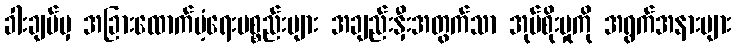
ခါးချပ်မှ အခြားထောက်ပံ့ရေးပစ္စည်းများ အချည်းနှီးအတွက်သာ အုပ်စိုးမှုကို အရွက်အနားများ